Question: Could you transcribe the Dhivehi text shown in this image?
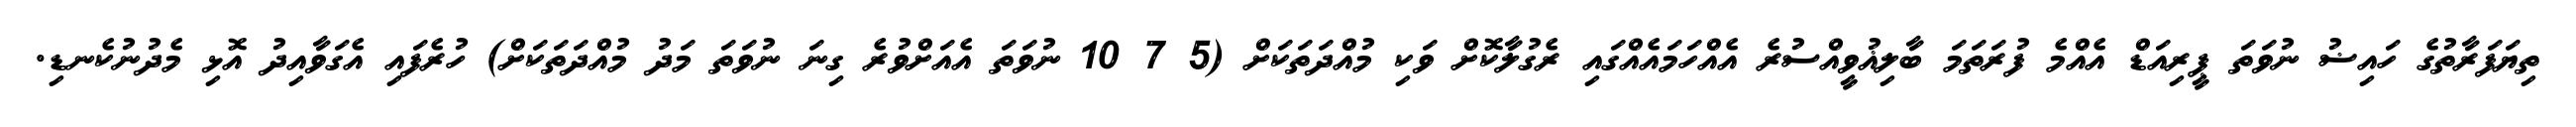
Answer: ތިޔަފަރާތުގެ ހައިޟު ނުވަތަ ޕީރިއަޑް އެއްމެ ފުރަތަމަ ބާލިޣުވީއްސުރެ އެއްހަމައެއްގައި ރެގުލާކޮށް ވަކި މުއްދަތަކަށް (5 7 10 ނުވަތަ އެއަށްވުރެ ގިނަ ނުވަތަ މަދު މުއްދަތަކަށް) ހުރެފައި އެގަވާއިދު އޮޅި މެދުނުކެނޑި.